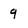
Character: 9